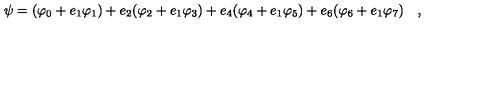
\psi = ( \varphi _ { 0 } + e _ { 1 } \varphi _ { 1 } ) + e _ { 2 } ( \varphi _ { 2 } + e _ { 1 } \varphi _ { 3 } ) + e _ { 4 } ( \varphi _ { 4 } + e _ { 1 } \varphi _ { 5 } ) + e _ { 6 } ( \varphi _ { 6 } + e _ { 1 } \varphi _ { 7 } ) \quad ,